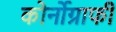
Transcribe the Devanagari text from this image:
कोर्नोग्राफी